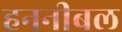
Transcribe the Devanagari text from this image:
हननीबल